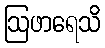
ဩဖာရေသိ